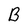
Character: B